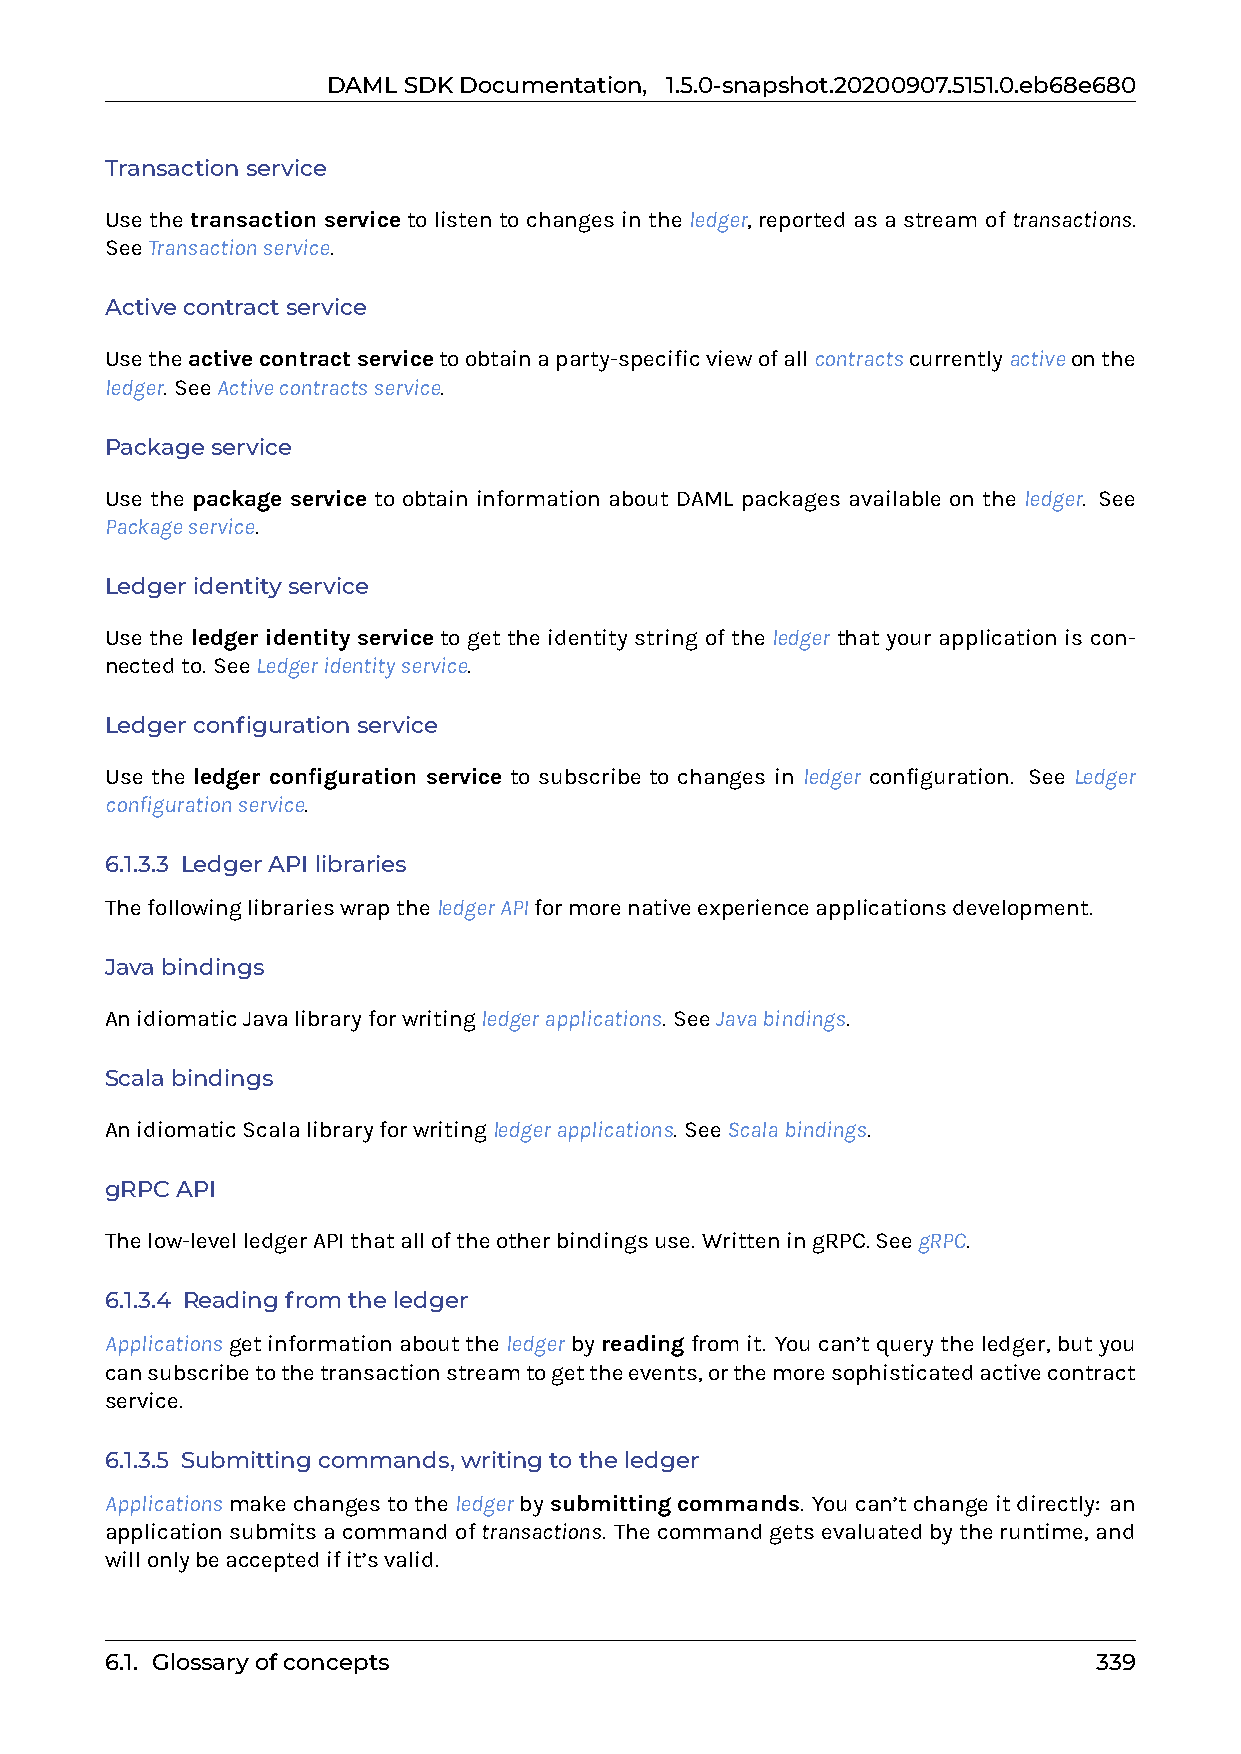
DAMLSDKDocumentation, 1.5.0-snapshot.20200907.5151.0.eb68e680
 Transactionservice
 Use the transaction service to listen to changes in the ledger, reported as a stream of transactions.
 SeeTransactionservice.
 Activecontractservice
 Usetheactivecontractservicetoobtainaparty-specificviewofallcontractscurrentlyactiveonthe
 ledger. SeeActivecontractsservice.
 Packageservice
 Use the package service to obtain information about DAML packages available on the ledger. See
 Packageservice.
 Ledgeridentityservice
 Use the ledger identity service to get the identity string of the ledger that your application is con-
 nectedto. SeeLedgeridentityservice.
 Ledgerconfigurationservice
 Use the ledger configuration service to subscribe to changes in ledger configuration. See Ledger
 configurationservice.
 6.1.3.3 LedgerAPIlibraries
 ThefollowinglibrarieswraptheledgerAPIformorenativeexperienceapplicationsdevelopment.
 Javabindings
 AnidiomaticJavalibraryforwritingledgerapplications. SeeJavabindings.
 Scalabindings
 AnidiomaticScalalibraryforwritingledgerapplications. SeeScalabindings.
 gRPCAPI
 Thelow-levelledgerAPIthatalloftheotherbindingsuse. WritteningRPC.SeegRPC.
 6.1.3.4 Readingfromtheledger
 Applicationsgetinformationabouttheledgerbyreadingfromit. Youcan’tquerytheledger,butyou
 cansubscribetothetransactionstreamtogettheevents,orthemoresophisticatedactivecontract
 service.
 6.1.3.5 Submittingcommands,writingtotheledger
 Applicationsmakechangestotheledgerbysubmitting commands. Youcan’tchangeitdirectly: an
 applicationsubmitsacommandoftransactions. Thecommandgetsevaluatedbytheruntime,and
 willonlybeacceptedifit’svalid.
 6.1. Glossaryofconcepts                                           339